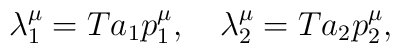
\lambda _1^\mu =Ta_1p_1^\mu ,\quad \lambda _2^\mu =Ta_2p_2^\mu ,  \nonumber